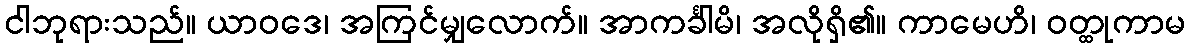
ငါဘုရားသည်။ ယာဝဒေ၊ အကြင်မျှလောက်။ အာကင်္ခါမိ၊ အလိုရှိ၏။ ကာမေဟိ၊ ဝတ္ထုကာမ